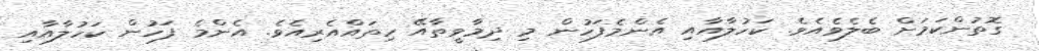
ގޮތުންކަމަށް ބެލެވެއެވެ. ކަހުލާއާއި އެންމެފަހުން މި ދިމާވީތާއޭ ހިތައްއެރިއެވެ. އެންމެ ފަހުން ކަހުލާއާއި